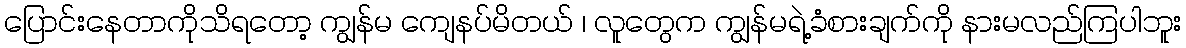
ပြောင်းနေတာကိုသိရတော့ ကျွန်မ ကျေနပ်မိတယ် ၊ လူတွေက ကျွန်မရဲ့ခံစားချက်ကို နားမလည်ကြပါဘူး